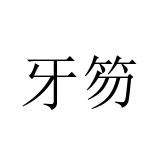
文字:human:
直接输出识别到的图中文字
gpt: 牙笏